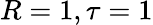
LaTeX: R=1,\tau=1